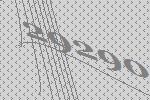
29290